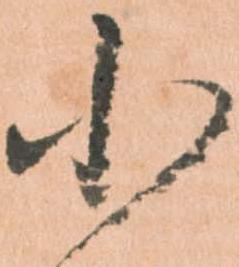
小